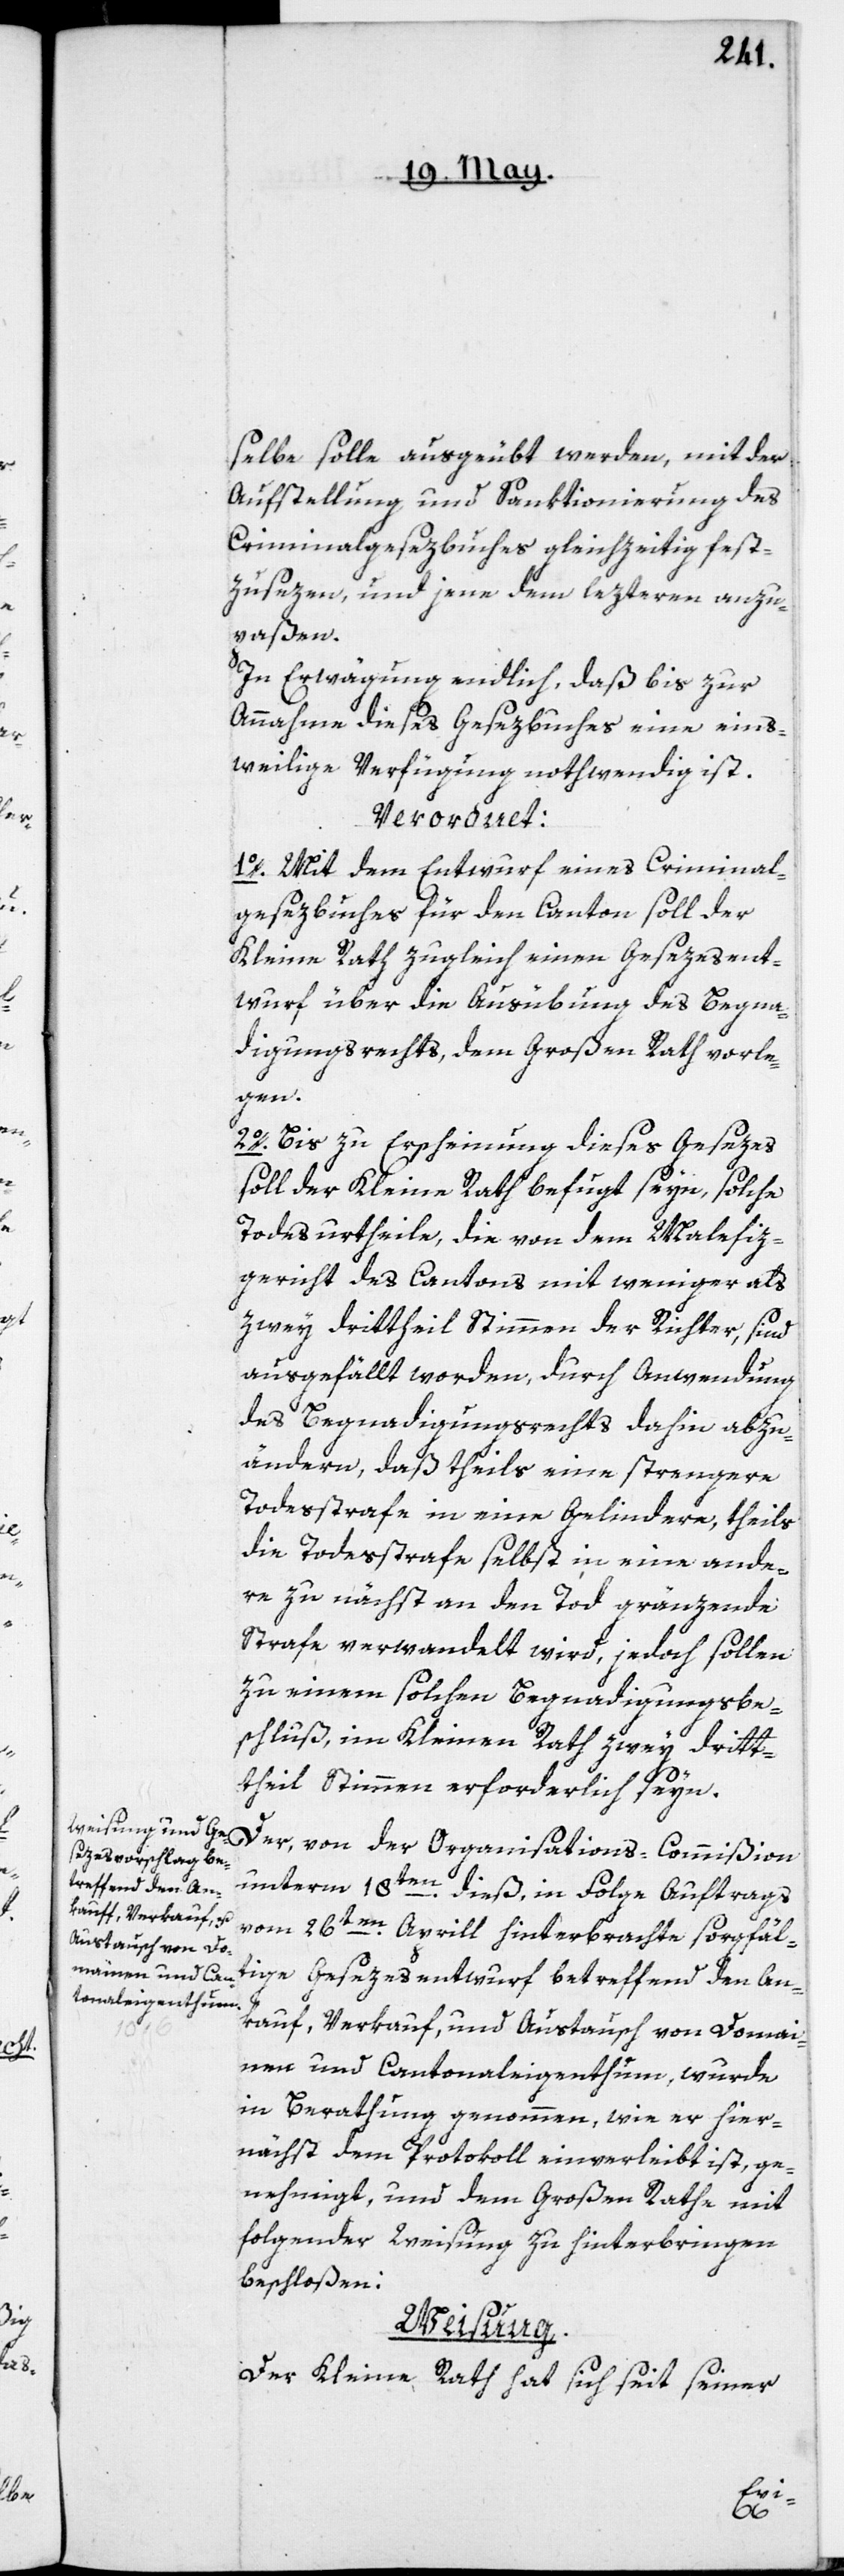
selbe solle ausgeübt werden, mit der
Aufstellung und Sanktionierung des
Criminalgesezbuches gleichzeitig fest¬
zusezen, und jene dem lezteren anzu¬
paßen.
In Erwägung endlich, daß bis zur
Annahme dieses Gesezbuches eine einst¬
weilige Verfügung nothwendig ist.
Verordnet:
1o. Mit dem Entwurf eines Criminal¬
gesezbuches für den Canton soll der
Kleine Rath zugleich einen Gesezesent¬
wurf über die Ausübung des Begna¬
digungsrechts, dem Großen Rath vorle¬
gen.
2o. Bis zu Erscheinung dieses Gesezes
soll der Kleine Rath befugt seyn, solche
Todesurtheile, die von dem Malefiz¬
gericht des Cantons mit weniger als
zwey Drittheil Stimmen der Richter, sind
ausgefällt worden, durch Anwendung
des Begnadigungsrechts dahin abzu¬
ändern, daß theils eine strengere
Todesstrafe in eine gelindere, theils
die Todesstrafe selbst in eine ande¬
re zunächst an den Tod gränzende
Strafe verwandelt wird, jedoch sollen
zu einem solchen Begnadigungsbe¬
schluß, im Kleinen Rath zwey Drit¬
theil Stimmen erforderlich seyn.
Der, von der Organisations-Commißion
unterm 18ten dieß, in Folge Auftrags
vom 26ten Aprill hinterbrachte sorgfäl¬
tige Gesezesentwurf betreffend den An¬
kauf, Verkauf und Austausch von Domai¬
nen und Cantonaleigenthum, wurde
in Berathung genommen, wie er hier¬
nächst dem Protokoll einverleibt ist, ge¬
nehmigt, und dem Großen Rathe mit
folgender Weisung zu hinterbringen
beschloßen:
Weisung.
Der Kleine Rath hat sich seit seiner